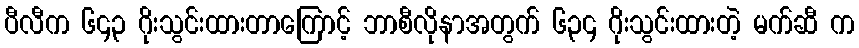
ပီလီက ၆၄၃ ဂိုးသွင်းထားတာကြောင့် ဘာစီလိုနာအတွက် ၆၃၄ ဂိုးသွင်းထားတဲ့ မက်ဆီ က